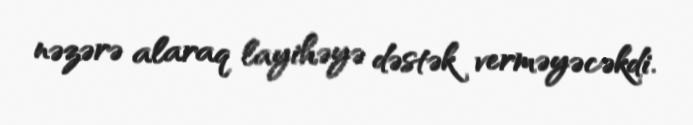
nəzərə alaraq layihəyə dəstək verməyəcəkdi.